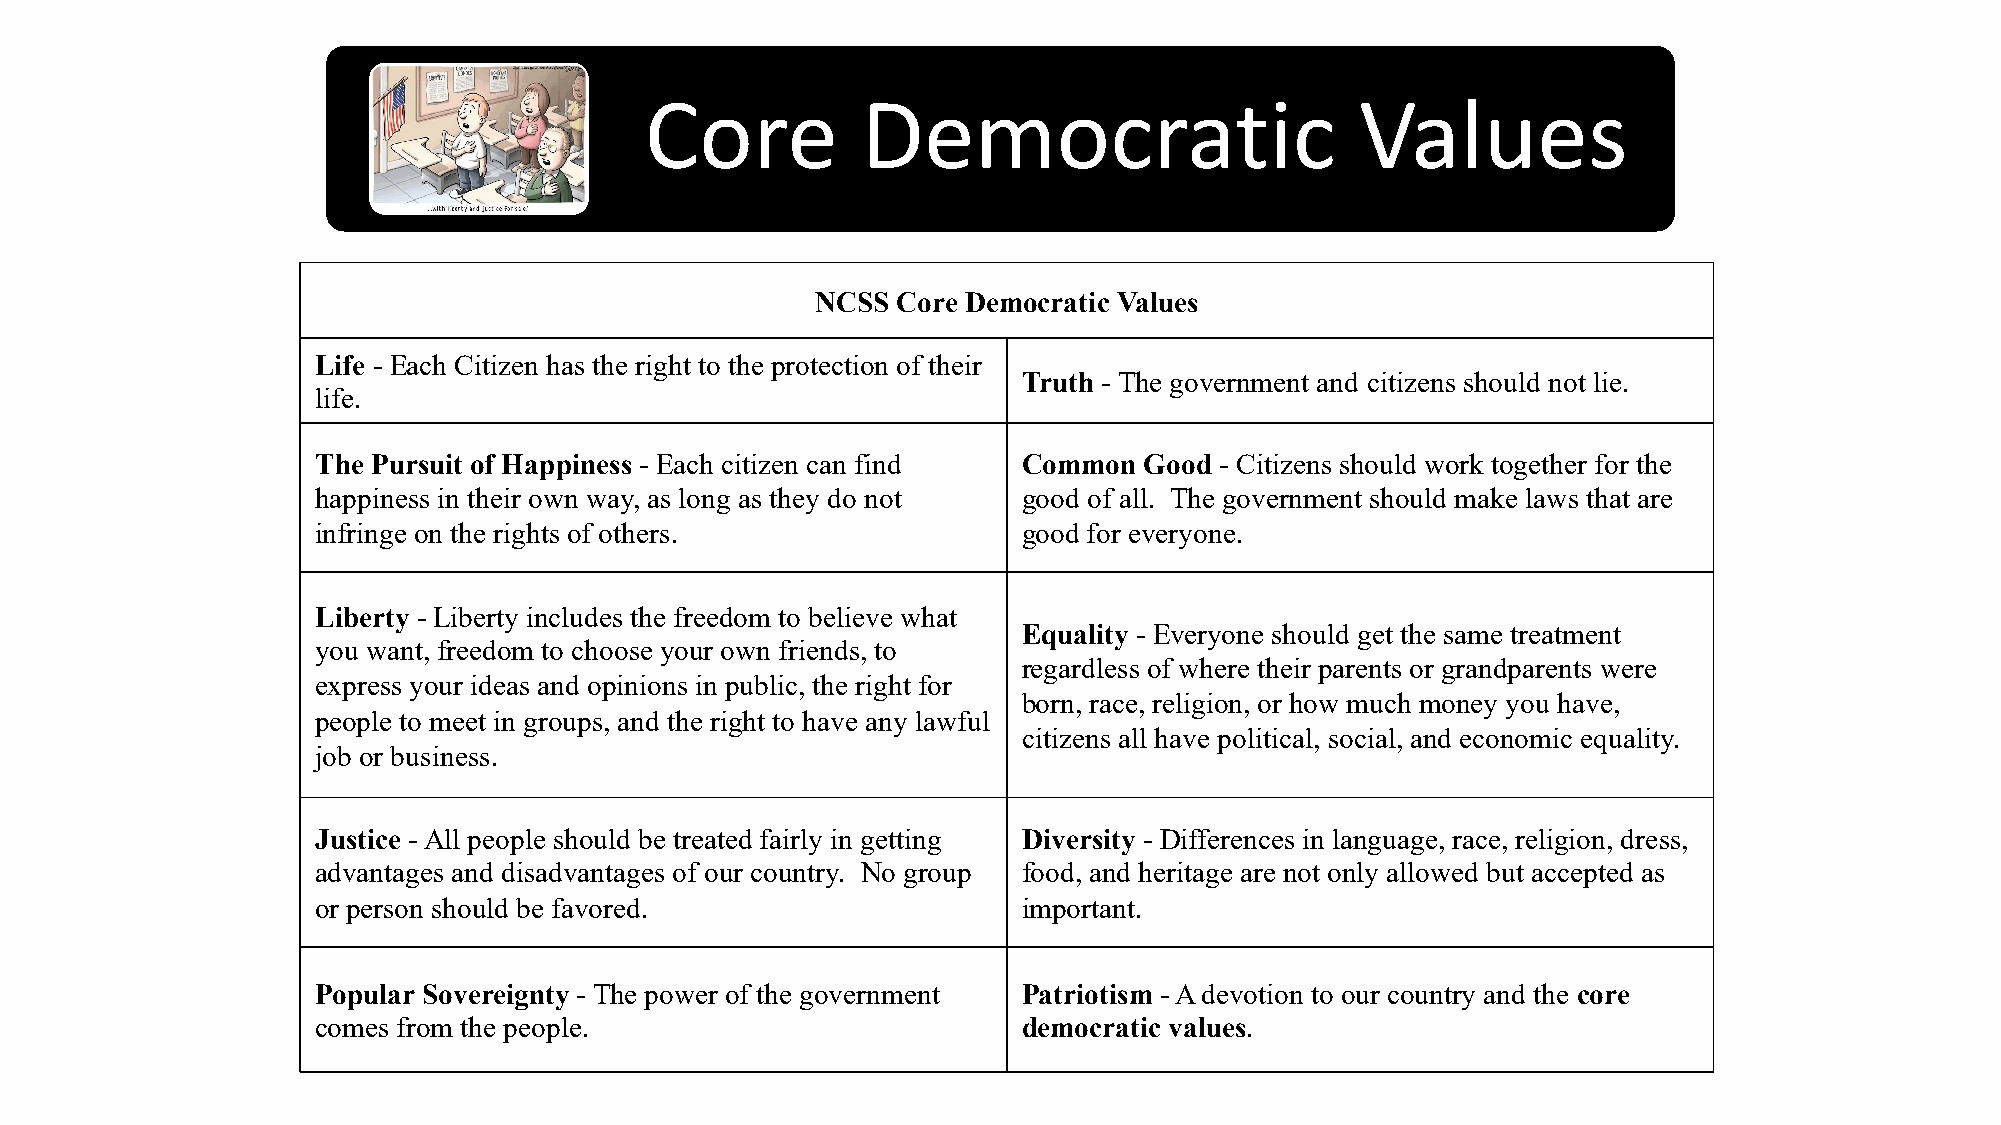
Core          Democratic                       Values
 NCSS Core Democratic Values
 Life - Each Citizen has the right to the protection of their
 Truth - The government and citizens should not lie.
 life.
 The Pursuit of Happiness - Each citizen can find Common Good - Citizens should work together for the
 happiness in their own way, as long as they do not good of all. The government should make laws that are
 infringe on the rights of others.              good for everyone.
 Liberty - Liberty includes the freedom to believe what
 Equality - Everyone should get the same treatment
 you want, freedom to choose your own friends, to
 regardless of where their parents or grandparents were
 express your ideas and opinions in public, the right for
 born, race, religion, or how much money you have,
 people to meet in groups, and the right to have any lawful
 citizens all have political, social, and economic equality.
 job or business.
 Justice -All people should be treated fairly in getting Diversity - Differences in language, race, religion, dress,
 advantages and disadvantages of our country. No group food, and heritage are not only allowed but accepted as
 or person should be favored.                   important.
 Popular Sovereignty - The power of the government Patriotism -A devotion to our country and the core
 comes from the people.                         democratic values.